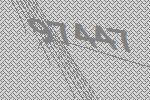
97447